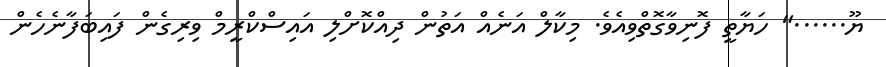
ޔޫ......" ހަޔާތީ ފޮނިވާގޮތްވިއެވެ. މިކާލް އަނެއް އަތުން ދިއްކޮށްލި އައިސްކްރީމް ވިރިގެން ފައިބަފާނެހެން